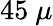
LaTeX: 45~\mu